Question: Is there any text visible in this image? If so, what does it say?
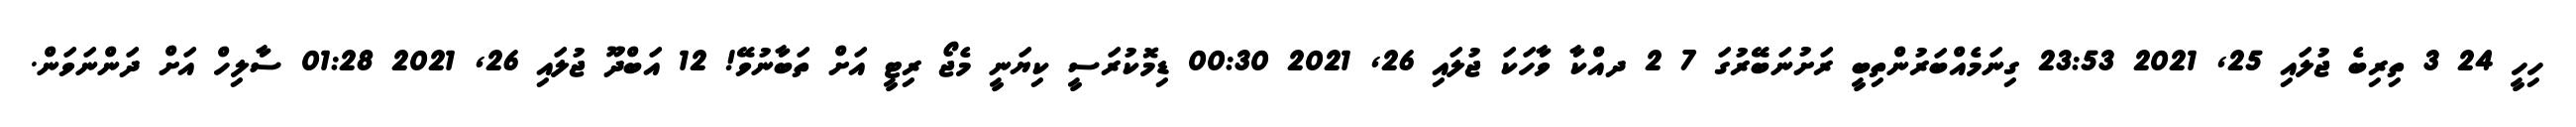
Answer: ހިހީ 24 3 ތިރިބެ ޖުލައި 25, 2021 23:53 ގިނަމެއްބަރުންތިބީ ރަށުނަބޭރުގަ 7 2 ދއްކާ ވާހަކަ ޖުލައި 26, 2021 00:30 ޑިމޮކުރަސީ ކިޔަނީ މެޖޯ ރިޓީ އަށް ތަބާނުވޭ! 12 އަބްދޫ ޖުލައި 26, 2021 01:28 ސާލިހް އަށް ދަންނަވަން.